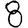
Digit: 8